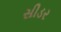
સીડર